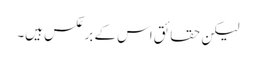
لیکن حقائق اس کے برعکس ہیں۔